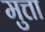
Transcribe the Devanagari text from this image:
मुत्ता